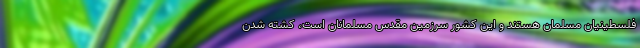
فلسطينيان مسلمان هستند و اين کشور سرزمين مقدس مسلمانان است، کشته شدن